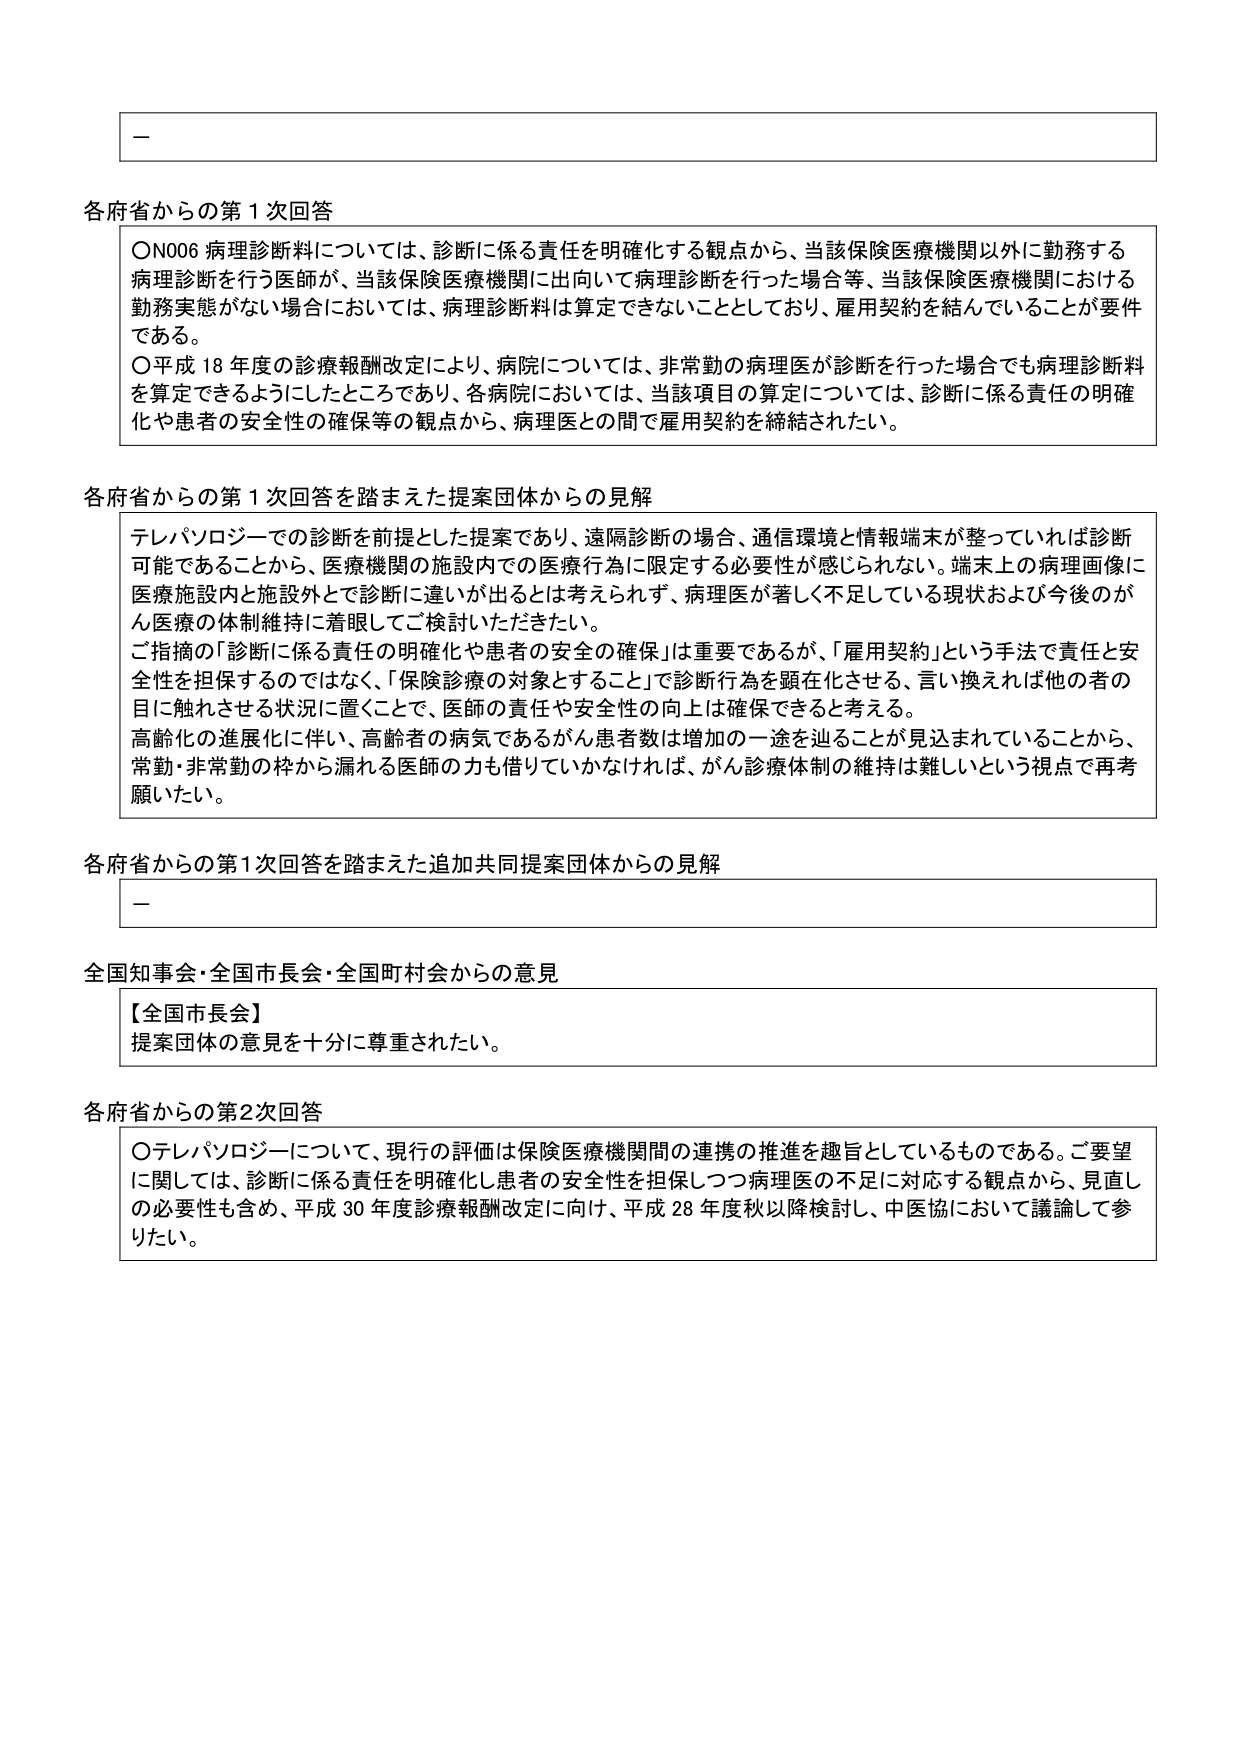
各府省からの第1次回答
〇N006 病理診断料については、診断に係る責任を明確化する観点から、当該保険医療機関以外に勤務する病理診断を行う医師が、当該保険医療機関に出向いて病理診断を行った場合等、当該保険医療機関における勤務実態がない場合においては、病理診断料は算定できないこととしており、雇用契約を結んでいることが要件である。
〇平成18年度の診療報酬改定により、病院については、非常勤の病理医が診断を行った場合でも病理診断料を算定できるようにしたところであり、各病院においては、当該項目の算定については、診断に係る責任の明確化や患者の安全性の確保等の観点から、病理医との間で雇用契約を締結された。

各府省からの第1次回答を踏まえた提案団体からの見解
テレパソロジーでの診断を前提とした提案であり、遠隔診断の場合、通信環境と情報端末が整っていれば診断可能であることから、医療機関の施設内での医療行為に限定する必要性が感じられない。端末上の病理画像に医療施設内と施設外とで診断に違いが出るとは考えられず、病理医が著しく不足している現状および今後のがん医療の体制維持に着眼してご検討いただきたい。
ご指摘の「診断に係る責任の明確化や患者の安全性の確保」は重要であるが、「雇用契約」という手法で責任と安全性を担保するのではなく、「保険診療の対象とすること」で診断行為を顕在化させる、言い換えれば他の者の目に触れさせる状況に置くことで、医師の責任や安全性の向上は確保できると考える。
高齢化の進展化に伴い、高齢者の病気であるがん患者数は増加の一途を辿ることが見込まれていることから、常勤・非常勤の枠から漏れる医師の力も借りていかなければ、がん診療体制の維持は難しいという視点で再考願いたい。

各府省からの第1次回答を踏まえた追加共同提案団体からの見解
－

全国知事会・全国市長会・全国町村会からの意見
【全国市長会】
提案団体の意見を十分に尊重されたい。

各府省からの第2次回答
〇テレパソロジーについて、現行の評価は保険医療機関間の連携の推進を趣旨としているものである。ご要望に関しては、診断に係る責任を明確化し患者の安全性を担保しつつ病理医の不足に対応する観点から、見直しの必要性も含め、平成30年度診療報酬改定に向け、平成28年度秋以降検討し、中医協において議論して参りたい。